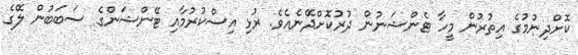
ކޮށްދިނުމުގެ އިތުރުން މީހާ ޓެންޝަނުން ދުރުކޮށްދޭނެއެވެ. ރުޅި އިސްކުރުމާއި ޓޭންޝަންގެ ސަބަބުން ލޭގެ